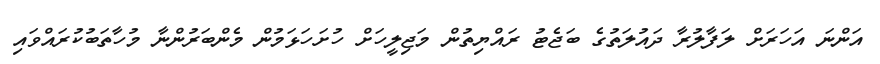
އަންނަ އަހަރަށް ލަފާލުރާ ދައުލަތުގެ ބަޖެޓު ރައްޔިތުން މަޖިލީހަށް ހުށަހަޅަމުން މެންބަރުންނާ މުހާތަބުކުރައްވައި